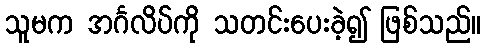
သူမက အင်္ဂလိပ်ကို သတင်းပေးခဲ့၍ ဖြစ်သည်။